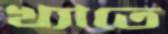
খ্যাতে